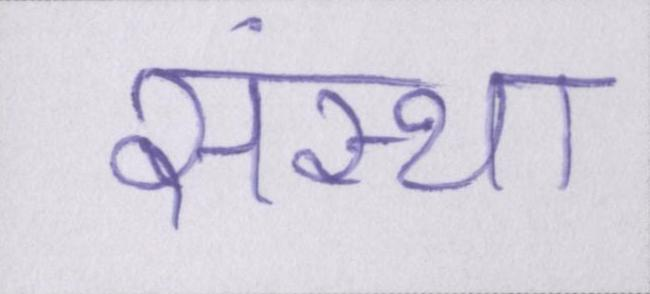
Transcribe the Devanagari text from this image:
संस्था